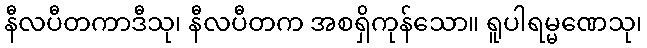
နီလပီတကာဒီသု၊ နီလပီတက အစရှိကုန်သော။ ရူပါရမ္မဏေသု၊